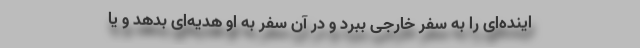
اینده‌ای را به سفر خارجی ببرد و در آن سفر به او هدیه‌ای بدهد و یا